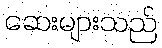
ဆေးများသည်